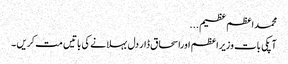
محمداعظم عظیم...
آپکی بات وزیراعظم اوراسحاق ڈار دل بہلانے کی باتیں مت کریں ۔